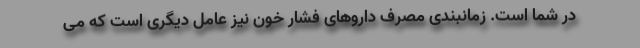
در شما است. زمانبندی مصرف داروهای فشار خون نیز عامل دیگری است که می